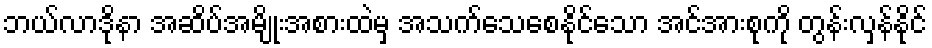
ဘယ်လာဒိုနာ အဆိပ်အမျိုးအစားထဲမှ အသက်သေစေနိုင်သော အင်အားစုကို တွန်းလှန်နိုင်